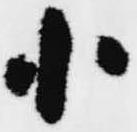
小